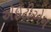
એઇટીએન